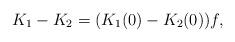
LaTeX: \begin{align*} K_1 -K_2 = (K_1(0) - K_2(0)) f , \end{align*}